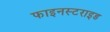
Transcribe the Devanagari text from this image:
फाइनस्टराइड